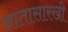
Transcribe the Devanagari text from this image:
आतासारखी